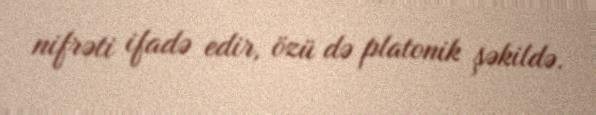
nifrəti ifadə edir, özü də platonik şəkildə.